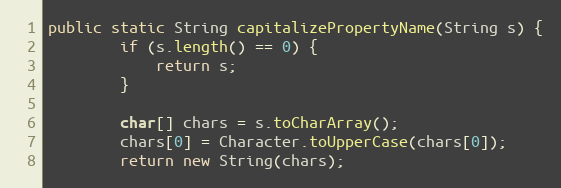
Language: Java
public static String capitalizePropertyName(String s) {
		if (s.length() == 0) {
			return s;
		}

		char[] chars = s.toCharArray();
		chars[0] = Character.toUpperCase(chars[0]);
		return new String(chars);